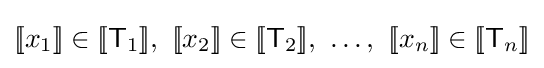
[\![x_{1}]\!]\in [\![{\mathsf {T}}_{1}]\!],~[\![x_{2}]\!]\in [\![{\mathsf {T}}_{2}]\!],~\ldots ,~[\![x_{n}]\!]\in [\![{\mathsf {T}}_{n}]\!]